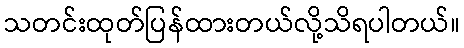
သတင်းထုတ်ပြန်ထားတယ်လို့သိရပါတယ်။